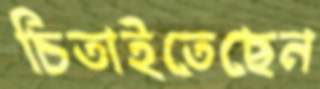
চিতাইতেছেন